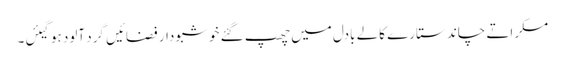
مسکراتے چاند ستارے کالے بادل میں چھپ گئے خو شبو دار فضائیں گرد آلود ہوگیئں۔